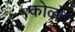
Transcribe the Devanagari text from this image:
कोळंब